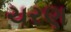
ચરણ